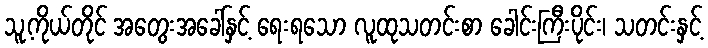
သူ့ကိုယ်တိုင် အတွေးအခေါ်နှင့် ရေးရသော လူထုသတင်းစာ ခေါင်းကြီးပိုင်း၊ သတင်းနှင့်